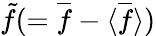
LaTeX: \tilde{f}(=\overline{{f}}-\langle{\overline{{f}}}\rangle)